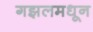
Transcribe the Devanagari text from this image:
गझलमधून